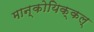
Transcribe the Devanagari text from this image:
मान्कोयिक्कल्